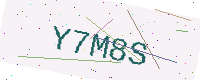
Text: Y7M8S